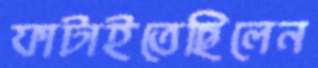
ফাটাইতেছিলেন